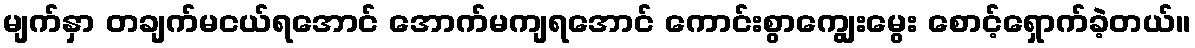
မျက်နှာ တချက်မငယ်ရအောင် အောက်မကျရအောင် ကောင်းစွာကျွေးမွေး စောင့်ရှောက်ခဲ့တယ်။